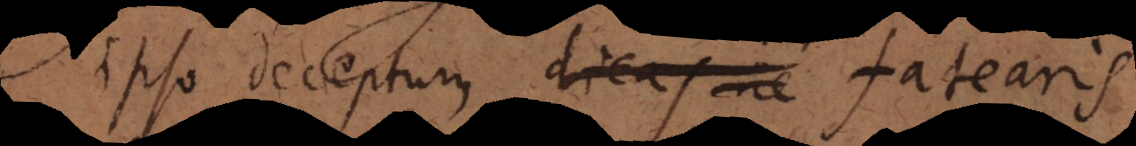
ipso deceptum dicas ne fatearis.